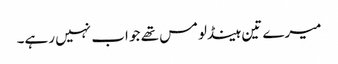
میرے تین ہینڈلومس تھے جو اب نہیں رہے۔